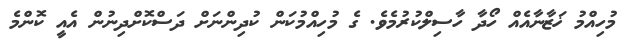
މުހިއްމު ޚަޒާނާއެއް ހޯދާ ހާސިލްކުރުމެވެ. ގެ މުހިއްމުކަން ކުދިންނަށް ދަސްކޮށްދިނުން އެއީ ކޮންމެ